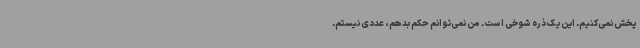
پخش نمی‌کنیم. این یک ذره شوخی است. من نمی‌توانم حکم بدهم، عددی نیستم.